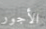
الأجور